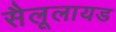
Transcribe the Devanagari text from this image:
सैलूलायड